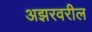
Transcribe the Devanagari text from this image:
अझरवरील